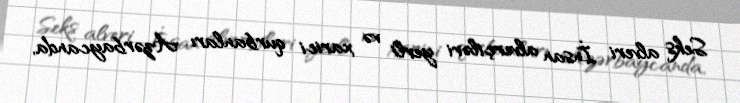
Seks alveri İnsan alverçiləri yerli və xarici qurbanları Azərbaycanda,